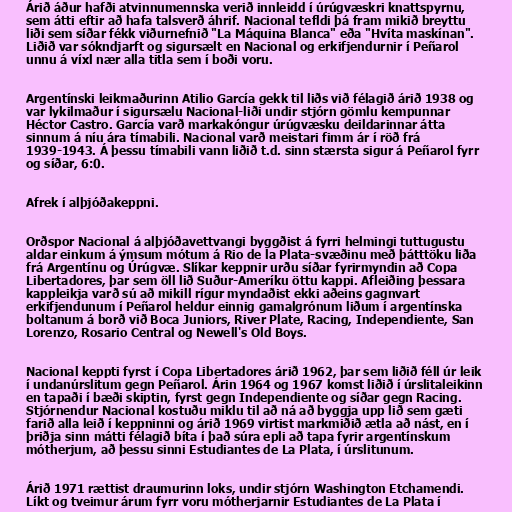
Árið áður hafði atvinnumennska verið innleidd í úrúgvæskri knattspyrnu,
sem átti eftir að hafa talsverð áhrif. Nacional tefldi þá fram mikið breyttu
liði sem síðar fékk viðurnefnið "La Máquina Blanca" eða "Hvíta maskínan".
Liðið var sókndjarft og sigursælt en Nacional og erkifjendurnir í Peñarol
unnu á víxl nær alla titla sem í boði voru.

Argentínski leikmaðurinn Atilio García gekk til liðs við félagið árið 1938 og
var lykilmaður í sigursælu Nacional-liði undir stjórn gömlu kempunnar
Héctor Castro. García varð markakóngur úrúgvæsku deildarinnar átta
sinnum á níu ára tímabili. Nacional varð meistari fimm ár í röð frá
1939-1943. Á þessu tímabili vann liðið t.d. sinn stærsta sigur á Peñarol fyrr
og síðar, 6:0.

Afrek í alþjóðakeppni.

Orðspor Nacional á alþjóðavettvangi byggðist á fyrri helmingi tuttugustu
aldar einkum á ýmsum mótum á Rio de la Plata-svæðinu með þátttöku liða
frá Argentínu og Úrúgvæ. Slíkar keppnir urðu síðar fyrirmyndin að Copa
Libertadores, þar sem öll lið Suður-Ameríku öttu kappi. Afleiðing þessara
kappleikja varð sú að mikill rígur myndaðist ekki aðeins gagnvart
erkifjendunum í Peñarol heldur einnig gamalgrónum liðum í argentínska
boltanum á borð við Boca Juniors, River Plate, Racing, Independiente, San
Lorenzo, Rosario Central og Newell's Old Boys.

Nacional keppti fyrst í Copa Libertadores árið 1962, þar sem liðið féll úr leik
í undanúrslitum gegn Peñarol. Árin 1964 og 1967 komst liðið í úrslitaleikinn
en tapaði í bæði skiptin, fyrst gegn Independiente og síðar gegn Racing.
Stjórnendur Nacional kostuðu miklu til að ná að byggja upp lið sem gæti
farið alla leið í keppninni og árið 1969 virtist markmiðið ætla að nást, en í
þriðja sinn mátti félagið bíta í það súra epli að tapa fyrir argentínskum
mótherjum, að þessu sinni Estudiantes de La Plata, í úrslitunum.

Árið 1971 rættist draumurinn loks, undir stjórn Washington Etchamendi.
Líkt og tveimur árum fyrr voru mótherjarnir Estudiantes de La Plata í